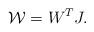
LaTeX: \begin{align*} \mathcal{W} = W^{T} J.\end{align*}